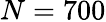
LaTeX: N=700